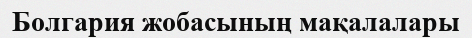
Болгария жобасының мақалалары